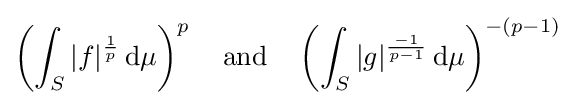
\left(\int _{S}|f|^{\frac {1}{p}}\,\mathrm {d} \mu \right)^{p}\quad {\text{and}}\quad \left(\int _{S}|g|^{\frac {-1}{p-1}}\,\mathrm {d} \mu \right)^{-(p-1)}